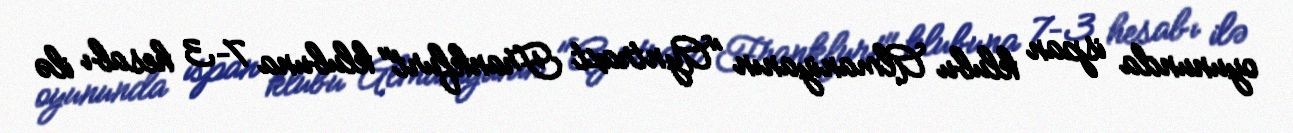
oyununda ispan klubu Almaniyanın "Ayntraxt Frankfurt" klubuna 7–3 hesabı ilə